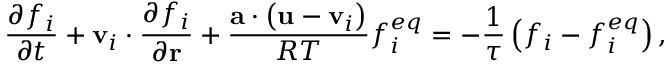
\frac { { \partial { f _ { i } } } } { { \partial t } } + { { \bf { v } } _ { i } } \cdot \frac { { \partial { f _ { i } } } } { { \partial { \bf { r } } } } + \frac { { { \bf { a } } \cdot \left( { { \bf { u } } - { { \bf { v } } _ { i } } } \right) } } { { R T } } f _ { i } ^ { e q } = - \frac { 1 } { \tau } \left( { { f _ { i } } - f _ { i } ^ { e q } } \right) ,